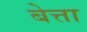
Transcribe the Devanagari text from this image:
बेत्ता